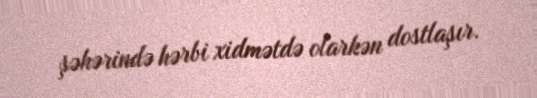
şəhərində hərbi xidmətdə olarkən dostlaşır.